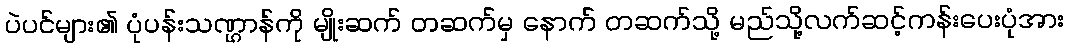
ပဲပင်များ၏ ပုံပန်းသဏ္ဌာန်ကို မျိုးဆက် တဆက်မှ နောက် တဆက်သို့ မည်သို့လက်ဆင့်ကန်းပေးပုံအား